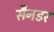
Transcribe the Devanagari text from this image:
सैनडर